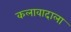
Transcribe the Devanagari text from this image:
कलावादाला